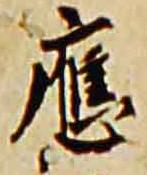
応